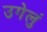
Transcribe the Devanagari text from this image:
उगेलुं